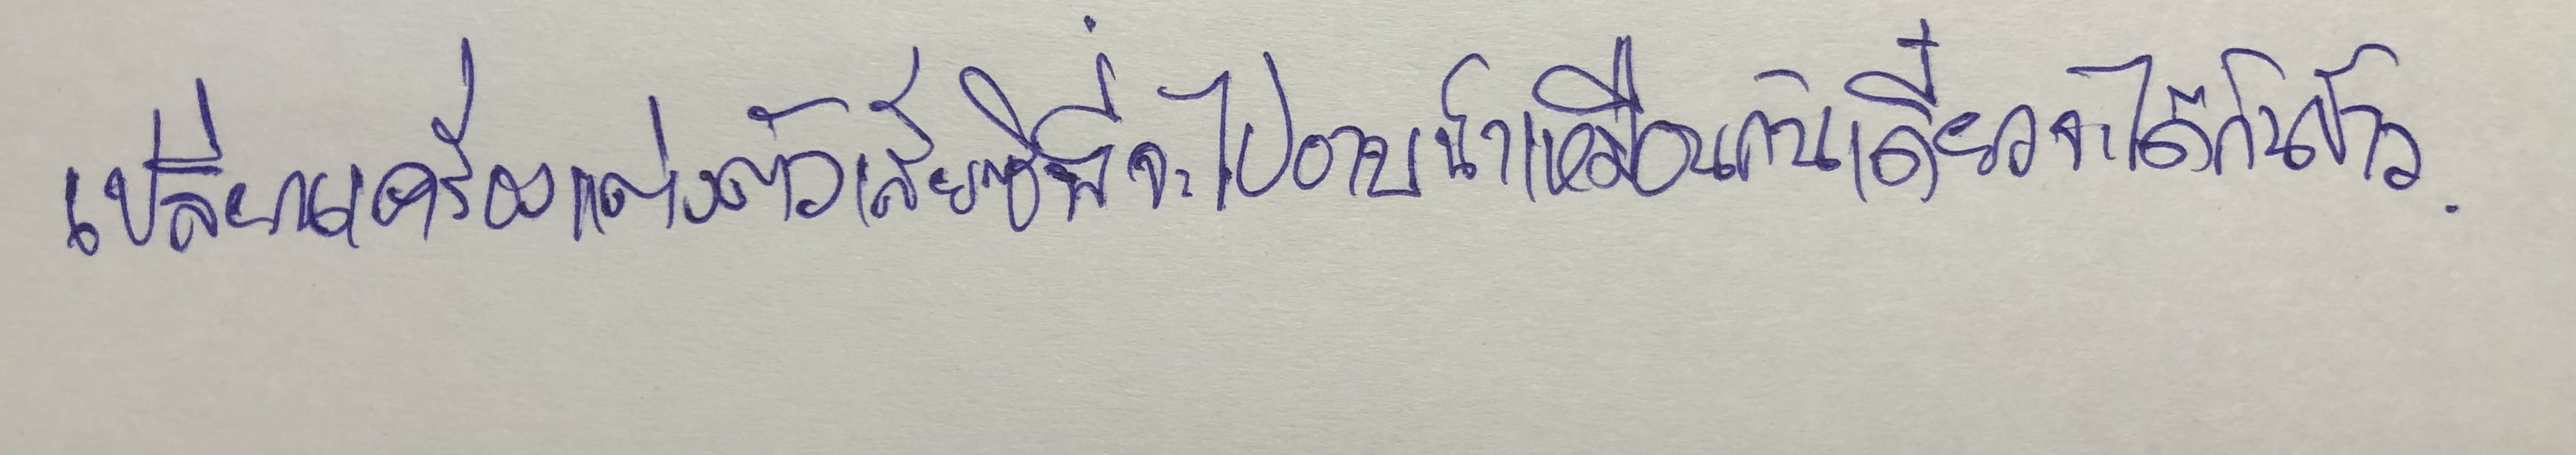
เปลี่ยนเครื่องแต่งตัวเสียซิพี่จะไปอาบน้ำเหมือนกันเดี๋ยวจะได้กินข้าว